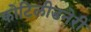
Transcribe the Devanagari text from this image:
कोटिलीडनेरी